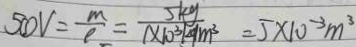
5 0 V = \frac { m } { \rho } = \frac { 5 k g } { 1 \times 1 0 ^ { 3 } k g / m ^ { 3 } } = 5 \times 1 0 ^ { - 3 } m ^ { 3 }